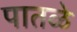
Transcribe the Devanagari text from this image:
पातळे